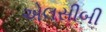
એલસીબી